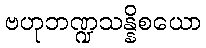
ဗဟုဘဏ္ဍသန္နိစယော